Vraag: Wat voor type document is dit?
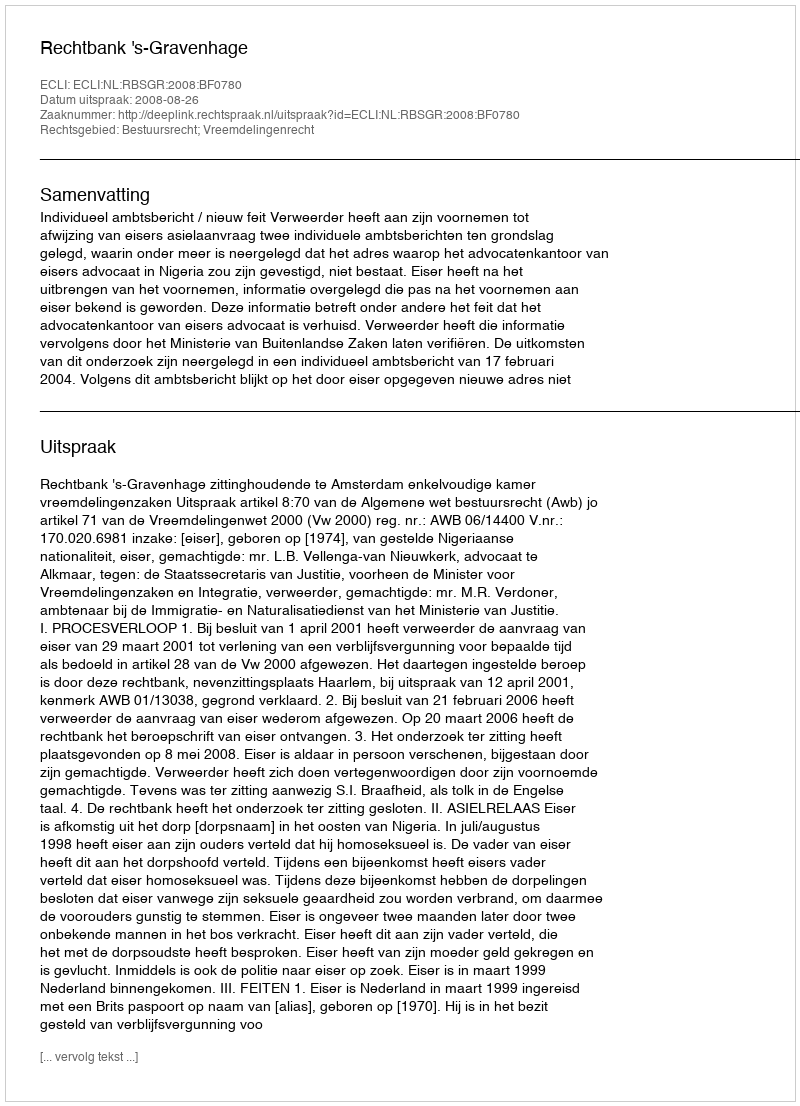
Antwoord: Uitspraak